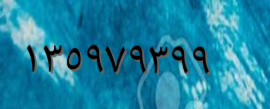
١٣٥٩٧٩٣٩٩